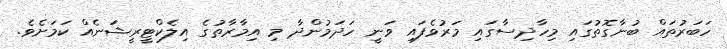
ހަބަރުތައް ބުނާގޮތުގައި މިހާދިސާގައި މަރުވެފައި ވަނީ ހަދަމުންދާ މި އިމާރާތުގެ އިލެކްޓީރީޝަނެއް ކަމަށެވެ.